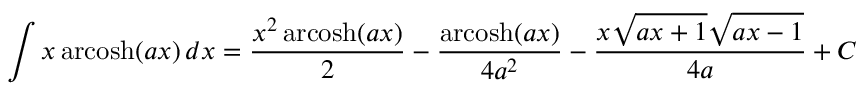
\int x \operatorname { a r c o s h } ( a x ) \, d x = { \frac { x ^ { 2 } \operatorname { a r c o s h } ( a x ) } { 2 } } - { \frac { \operatorname { a r c o s h } ( a x ) } { 4 a ^ { 2 } } } - { \frac { x { \sqrt { a x + 1 } } { \sqrt { a x - 1 } } } { 4 a } } + C